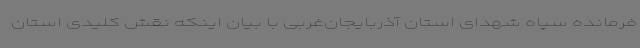
فرمانده سپاه شهدای استان آذربایجان‌غربی با بیان اینکه نقش کلیدی استان